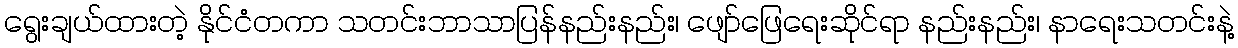
ရွေးချယ်ထားတဲ့ နိုင်ငံတကာ သတင်းဘာသာပြန်နည်းနည်း၊ ဖျော်ဖြေရေးဆိုင်ရာ နည်းနည်း၊ နာရေးသတင်းနဲ့